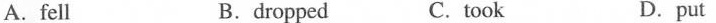
A. fell B.dropped C. took D.put